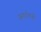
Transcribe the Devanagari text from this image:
जनार्दनाची